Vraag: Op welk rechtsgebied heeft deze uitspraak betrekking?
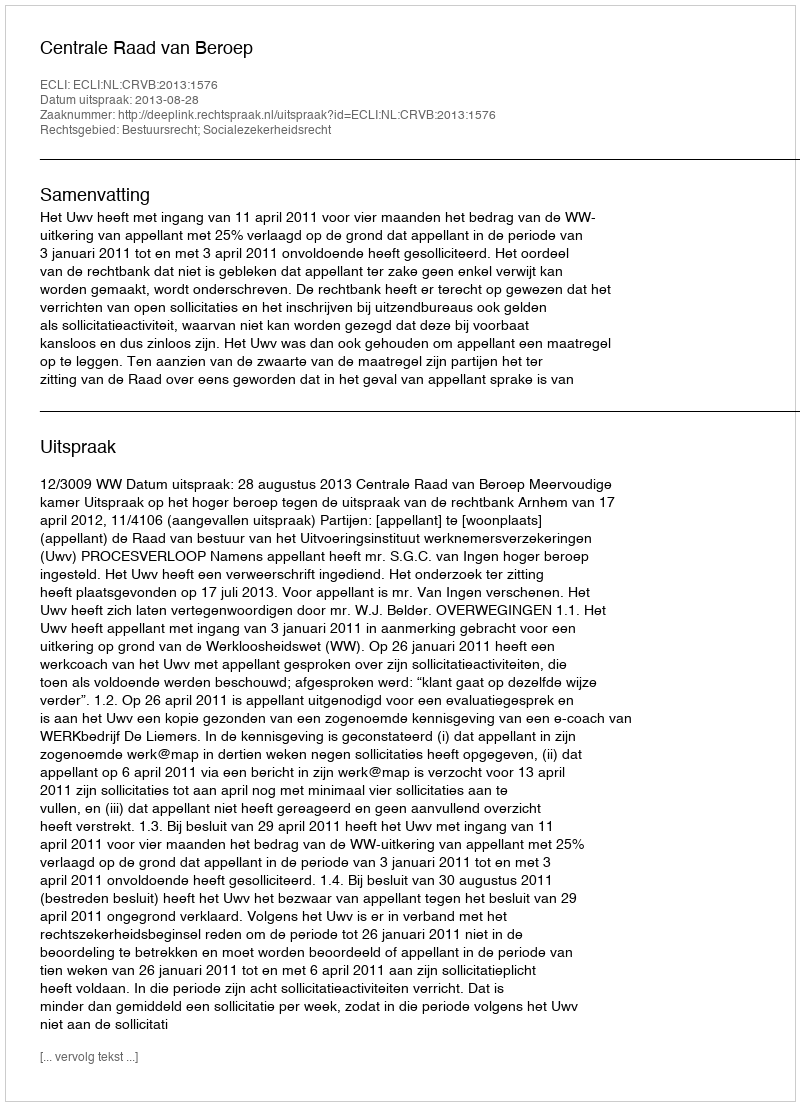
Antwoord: Bestuursrecht; Socialezekerheidsrecht